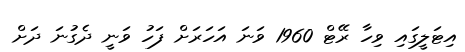
އިޓަލީގައި ވިހާ ރޭޓް 1960 ވަނަ އަހަރަށް ފަހު ވަނީ ދެގުނަ ދަށް